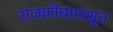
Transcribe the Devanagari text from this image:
राजक्रोधापासून